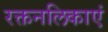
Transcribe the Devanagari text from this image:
रक्तनलिकाएं